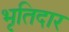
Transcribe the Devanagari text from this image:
भृतिदार